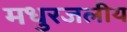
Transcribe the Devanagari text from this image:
मधुरजलीय